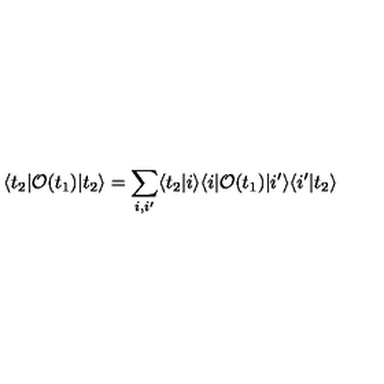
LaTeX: \langle t _ { 2 } | { \cal O } ( t _ { 1 } ) | t _ { 2 } \rangle = \sum _ { i , i ^ { \prime } } \langle t _ { 2 } | i \rangle \langle i | { \cal O } ( t _ { 1 } ) | i ^ { \prime } \rangle \langle i ^ { \prime } | t _ { 2 } \rangle